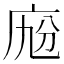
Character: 𢈑